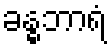
ခန္ဓဘာရံ